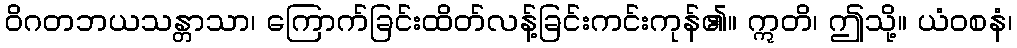
ဝိဂတဘယသန္တာသာ၊ ကြောက်ခြင်းထိတ်လန့်ခြင်းကင်းကုန်၏။ ဣတိ၊ ဤသို့။ ယံဝစနံ၊